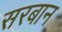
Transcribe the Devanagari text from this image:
सरबान